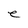
Character: e